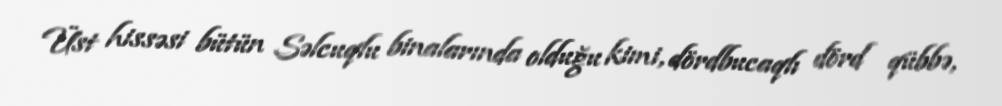
Üst hissəsi bütün Səlcuqlu binalarında olduğu kimi, dördbucaqlı dörd qübbə,